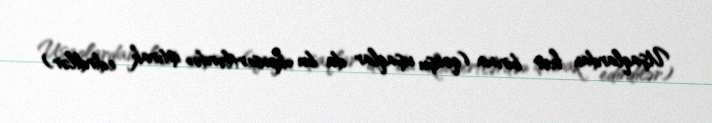
Uşaqlardan hər birinin (qonşu uşaqlar da bu «konsertlərdə» iştirak edirdilər)